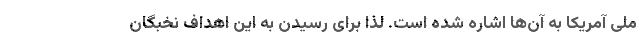
ملی آمریکا به آن­ها اشاره شده است. لذا برای رسیدن به این اهداف نخبگان